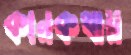
কানকথায়